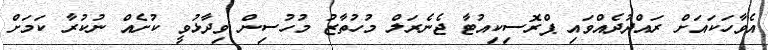
އެވާހަކައަށް ރައްދުދެއްވައި ޕްރޮސިކިއުޓާ ޖެނެރަލް މުހުތާޒު މުހުސިން ވިދާޅުވީ ކުށެއް ނުކުރާ ކަމަށް